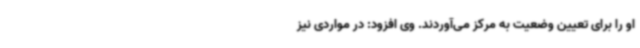
او را برای تعیین وضعیت به مرکز می‌آوردند. وی افزود: در مواردی نیز